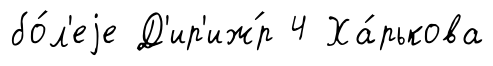
бо́л'еjе Д'ир'иж́р 4 Ха́рькова